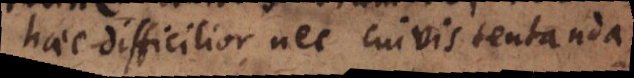
haec difficilior, nec cuivis tentanda